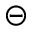
\circleddash